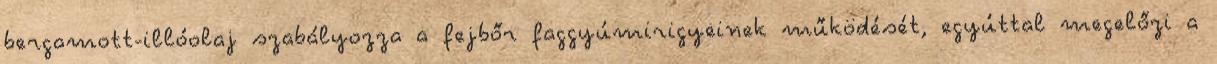
bergamott-illóolaj szabályozza a fejbőr faggyúmirigyeinek működését, egyúttal megelőzi a